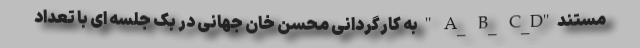
مستند "A_ B_ C_D " به کارگردانی محسن خان جهانی در بک جلسه ای با تعداد